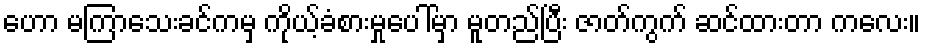
ဟော မကြာသေးခင်ကမှ ကိုယ့်ခံစားမှုပေါ်မှာ မူတည်ပြီး ဇာတ်ကွက် ဆင်ထားတာ ကလေး။